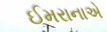
ઈમરાનાએ